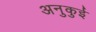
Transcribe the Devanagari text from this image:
अनुकुई